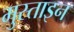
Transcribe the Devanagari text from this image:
मुस्ताइन